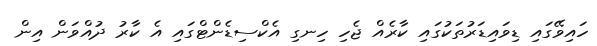
ހައިވޭގައި ޑިވައިޑަރުތަކުގައި ކާރެއް ޖެހި ހިނގި އެކްސިޑެންޓްގައި އެ ކާރު ދުއްވަން އިން